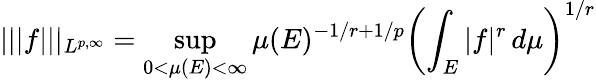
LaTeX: |||f|||_{L^{p,\infty}}=\operatorname*{sup}_{0<\mu(E)<\infty}\mu(E)^{-1/r+1/p}\left(\int_{E}|f|^{r}\, d\mu\right)^{1/r}